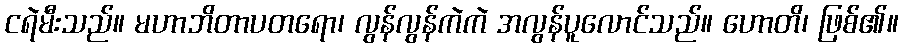
ငရဲမီးသည်။ မဟာဘိတာပတရော၊ လွန်လွန်ကဲကဲ အလွန်ပူလောင်သည်။ ဟောတိ၊ ဖြစ်၏။